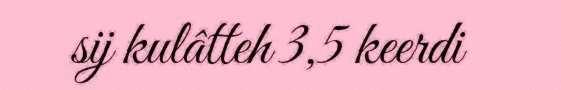
sij kulâtteh 3,5 keerdi